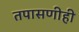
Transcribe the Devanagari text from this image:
तपासणीही